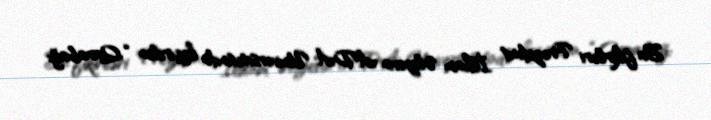
Bu fikirləri Prezident İlham Əliyevin ADA Universitetində keçirilən “Qarabağ: